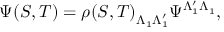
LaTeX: \Psi ( S , T ) = \rho ( S , T ) _ { \Lambda _ { 1 } ^ { \phantom { ' } } \Lambda _ { 1 } ^ { \prime } } \Psi ^ { \Lambda _ { 1 } ^ { \prime } \Lambda _ { 1 } ^ { \phantom { ' } } } ,